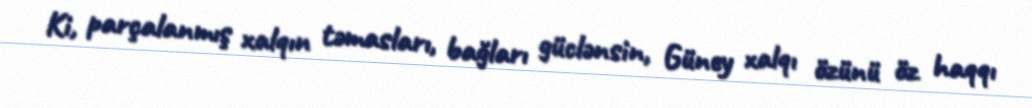
Ki, parçalanmış xalqın təmasları, bağları güclənsin, Güney xalqı özünü öz haqqı